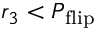
r _ { 3 } < P _ { \mathrm { f l i p } }